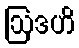
ဩဒဟိ